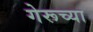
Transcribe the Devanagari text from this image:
गेरूच्या